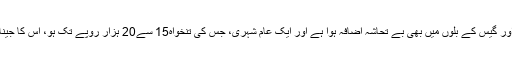
اسی طرح بجلی اور گیس کے بلوں میں بھی بے تحاشہ اضافہ ہوا ہے اور ایک عام شہری، جس کی تنخواہ15 سے20 ہزار روپے تک ہو، اس کا جینا محال ہوگیا ہے۔